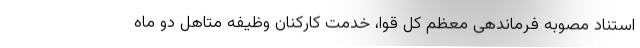
استناد مصوبه فرماندهی معظم کل قوا، خدمت کارکنان وظیفه متاهل دو ماه